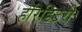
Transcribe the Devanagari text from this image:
हेरिडिटरी